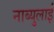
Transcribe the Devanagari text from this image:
नाब्युलाई